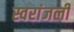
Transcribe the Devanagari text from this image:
स्वरांजली